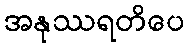
အနုဿရတိပေ